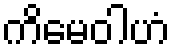
ကိမေဝါဟံ